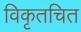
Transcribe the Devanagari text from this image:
विकृतचित